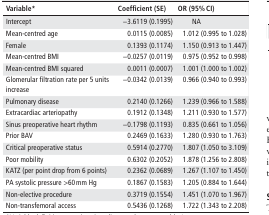
| Variable* | Coefficient (SE) | OR (95% CI) |
 | --- | --- | --- |
 | Intercept | −3.6119 (0.1995) | NA |
 | Mean-centred age | 0.0115 (0.0085) | 1.012 (0.995 to 1.028) |
 | Female | 0.1393 (0.1174) | 1.150 (0.913 to 1.447) |
 | Mean-centred BMI | −0.0257 (0.0119) | 0.975 (0.952 to 0.998) |
 | Mean-centred BMI squared | 0.0011 (0.0007) | 1.001 (1.000 to 1.002) |
 | Glomerular filtration rate per 5 units increase | −0.0342 (0.0139) | 0.966 (0.940 to 0.993) |
 | Pulmonary disease | 0.2140 (0.1266) | 1.239 (0.966 to 1.588) |
 | Extracardiac arteriopathy | 0.1912 (0.1348) | 1.211 (0.930 to 1.577) |
 | Sinus preoperative heart rhythm | −0.1798 (0.1193) | 0.835 (0.661 to 1.056) |
 | Prior BAV | 0.2469 (0.1633) | 1.280 (0.930 to 1.763) |
 | Critical preoperative status | 0.5914 (0.2770) | 1.807 (1.050 to 3.109) |
 | Poor mobility | 0.6302 (0.2052) | 1.878 (1.256 to 2.808) |
 | KATZ (per point drop from 6 points) | 0.2362 (0.0689) | 1.267 (1.107 to 1.450) |
 | PA systolic pressure >60 mm Hg | 0.1867 (0.1583) | 1.205 (0.884 to 1.644) |
 | Non-elective procedure | 0.3719 (0.1554) | 1.451 (1.070 to 1.967) |
 | Non-transfemoral access | 0.5436 (0.1268) | 1.722 (1.343 to 2.208) |